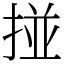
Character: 掽